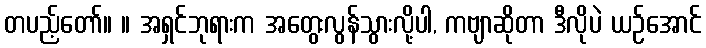
တပည့်တော်။ ။ အရှင်ဘုရားက အတွေးလွန်သွားလို့ပါ, ကဗျာဆိုတာ ဒီလိုပဲ ယဉ်အောင်